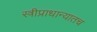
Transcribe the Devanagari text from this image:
स्त्रीप्राधान्यातच